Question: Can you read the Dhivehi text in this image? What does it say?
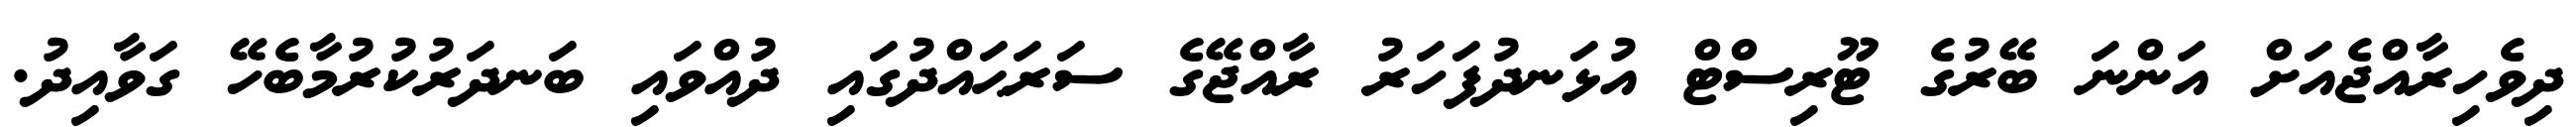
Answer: ދިވެހިރާއްޖެއަށް އަންނަ ބޭރުގެ ޓޫރިސްޓް އުޅަނދުފަހަރު ރާއްޖޭގެ ސަރަޙައްދުގައި ދުއްވައި ބަނދަރުކުރުމާބެހޭ ގަވާއިދު.